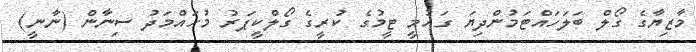
މާޒިޔާގެ ގޯލް ބަލަހައްޓަމުންދިޔަ ގައުމީ ޓީމުގެ ކުރީގެ ގޯލްކީޕަރު މުހައްމަދު ސިނާން (ނާނީ)